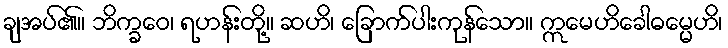
ချအပ်၏။ ဘိက္ခဝေ၊ ရဟန်းတို့။ ဆဟိ၊ ခြောက်ပါးကုန်သော။ ဣမေဟိခေါဓမ္မေဟိ၊